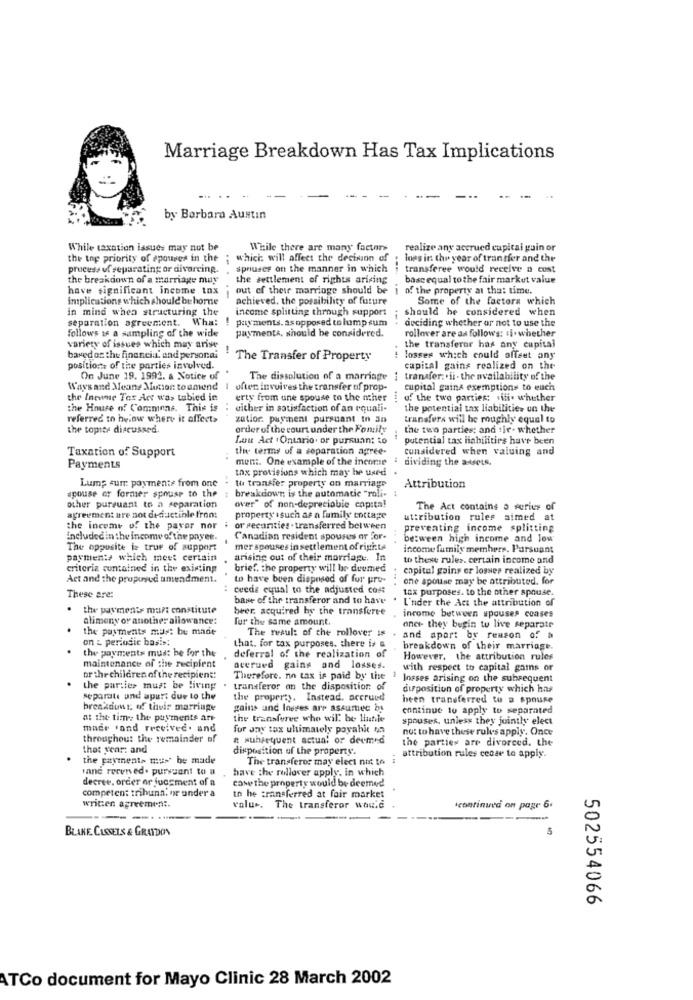
Marriage Breakdown Has Tax Implications
by Borbara Austin
While taxation lasues may not be
While there are many factors
realize any accrued capital gain or
the top priority of spouses in the
which will affect the decision of
loss in the year of transfer and the
process of separating or divorcing.
spouses on the manner in which
transferee would receive a cost
the breakdown of a marriage muy
the settlement of rights arising
basc equal to the fair market value
have significant income tax
out of their marriage should be | of the property at that time.
intplications which should be horne
achieved, the possibility of future
Some of the factors which
in mind when structuring the
income splitting through support
should be considered when
separation agreement. What ! payments. asopposed to lumpsum
deciding whether or not to use the
follows af a sampling of the wide
rollover are as follows: si. whether
payments, should be considered.
variety of issues which may arise
the transferor has any capital
based on the financia. and personal
The Transfer of Property
losses which could offset any
position: of the parties involved.
capital gains realized on the
On June 19. 1992. a Notice of
The dissolution of a marriage
transfer. ii . the availability of the
Ways and Means Manon toamend | ofter involves the transfer of prop-
cupital gains exemptions to euch
the Inevne Ter des was tubied in
erty from une spouse to the other
of the two parties; siti. whether
the House of Commons. This is
either in satisfaction of an equali-
the potential tax liabilities un the
referred to below where it affect>
zatior: payment pursuant In an
transfers will be roughly equal to
the topite discussed.
order of the court under the Fomily
the two parties: and tje- whether
Lou Act . Ontario. or pursuant to
potential tax liabilities have been
Taxation of Support
the terms of a separation agree-
considered when valuing and
ment. One example of the income . dividing the a-tets.
Payments
thx provisions which may be used
Lump sum payments from one
th transfer property on marriage
spouse or former spouse to the : breakdown; is the automatic "roli-
Attribution
other pursuant to a separation
over" of non-depreciable copita!
The Act contains a series of
agreement are not deductible from:
property .such as a family cottage
attribution rules aimed at
the income of the payer nor : or securities . transferred between
preventing income splitting
included in the income of the payee.
Canadian resident spouses or For-
between high income and low
The opposite is true of support
mer spouses in settlement of rights
income family members. Parsuant
payments which meet certain
arising out of their marriage. In
to these rules. certain income and
criteria suntained in the existing
brief. the property will be deemed
capital gains or losses realized by
Act and the proposed amendment.
to have buen disposed of fur pre-
one spouse may be attributed. for
ceede equal to the adjusted cost
tax purposes. to the other spouse.
These are:
base of the transferor and to have
Under the Act the attribution of
the payments mari constitute
beer, acquired by the transferee
income between spouses conses
alimony or another allowance:
for the same amount.
the payments must be made
aner- they begin to live separate
on : periudie basis:
The resul: of the rollover is . and apart by reason of a
that. for tax purposes, there is a
breakdown of their marriage.
the payments mus: be for the
deferral of the realization of
However, the attribution rules
maintenance of the recipient
accrued gains and losses.
with respect to capital gains or
or the children of the recipient:
Therefore. no tax is paid by the
losses arising on the subsequent
the parties must be living
transferor an the disposition of
duposition of property which has
separate und apuri due to the
the property. Instead. accruud!
been transferred to a spouse
breakduns. of their marringe
gains und losses are assumed by
continue to apply to separated
at the time the payments are
the transferee who will be Hluhle
spouses. unless they jointly elect
made "and reevivec. and
for any tax ultimately poyahit 45
not to have these rules apply. Once
throughout the remainder of
# subsequent actual or deemed
the parties are divorced. the
that year: and
disposition of the property
the payments must be made
The transferor may elect not to
attribution rules cease to apply.
vane received. pursuant to a
have the rollover apply. in which
decree, order or jugement of a
case the property would be deemed
competen: tribuna. or under a
to be transferred at fair market
written agreement
value. The transferor would
Icontinued on page 6.
----
BLAKE CLOSETS & GRAYDON
502554066
ATCo document for Mayo Clinic 28 March 2002